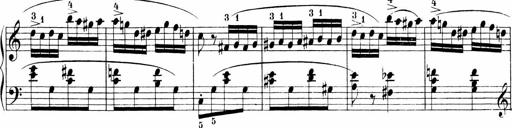
Title: 3 Sonatinas
Composer: Carl Reinecke